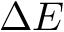
\Delta E